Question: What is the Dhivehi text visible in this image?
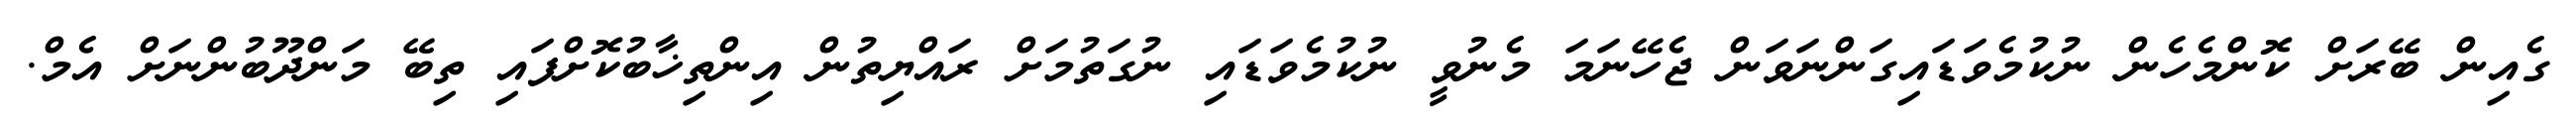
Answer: ގެއިން ބޭރަށް ކޮންމެހެން ނުކުމެވަޑައިގަންނަވަން ޖެހޭނަމަ މެނުވީ ނުކުމެވަޑައި ނުގަތުމަށް ރައްޔިތުން އިންތިޚާބުކޮށްފައި ތިބޭ މަންދޫބުންނަށް އެމް.